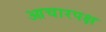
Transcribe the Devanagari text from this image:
आचारपक्ष